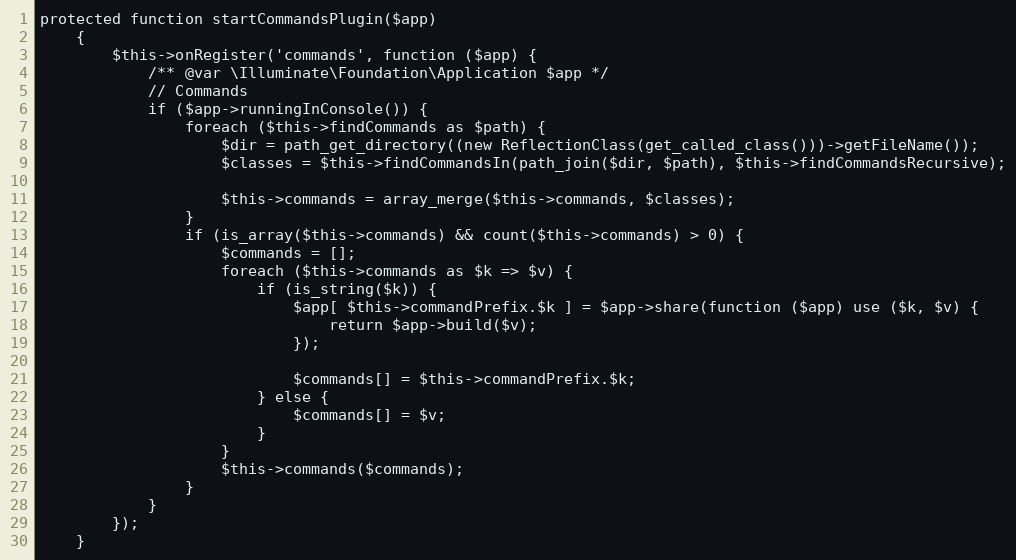
Language: PHP
protected function startCommandsPlugin($app)
    {
        $this->onRegister('commands', function ($app) {
            /** @var \Illuminate\Foundation\Application $app */
            // Commands
            if ($app->runningInConsole()) {
                foreach ($this->findCommands as $path) {
                    $dir = path_get_directory((new ReflectionClass(get_called_class()))->getFileName());
                    $classes = $this->findCommandsIn(path_join($dir, $path), $this->findCommandsRecursive);

                    $this->commands = array_merge($this->commands, $classes);
                }
                if (is_array($this->commands) && count($this->commands) > 0) {
                    $commands = [];
                    foreach ($this->commands as $k => $v) {
                        if (is_string($k)) {
                            $app[ $this->commandPrefix.$k ] = $app->share(function ($app) use ($k, $v) {
                                return $app->build($v);
                            });

                            $commands[] = $this->commandPrefix.$k;
                        } else {
                            $commands[] = $v;
                        }
                    }
                    $this->commands($commands);
                }
            }
        });
    }